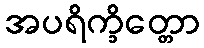
အပရိက္ခိတ္တော